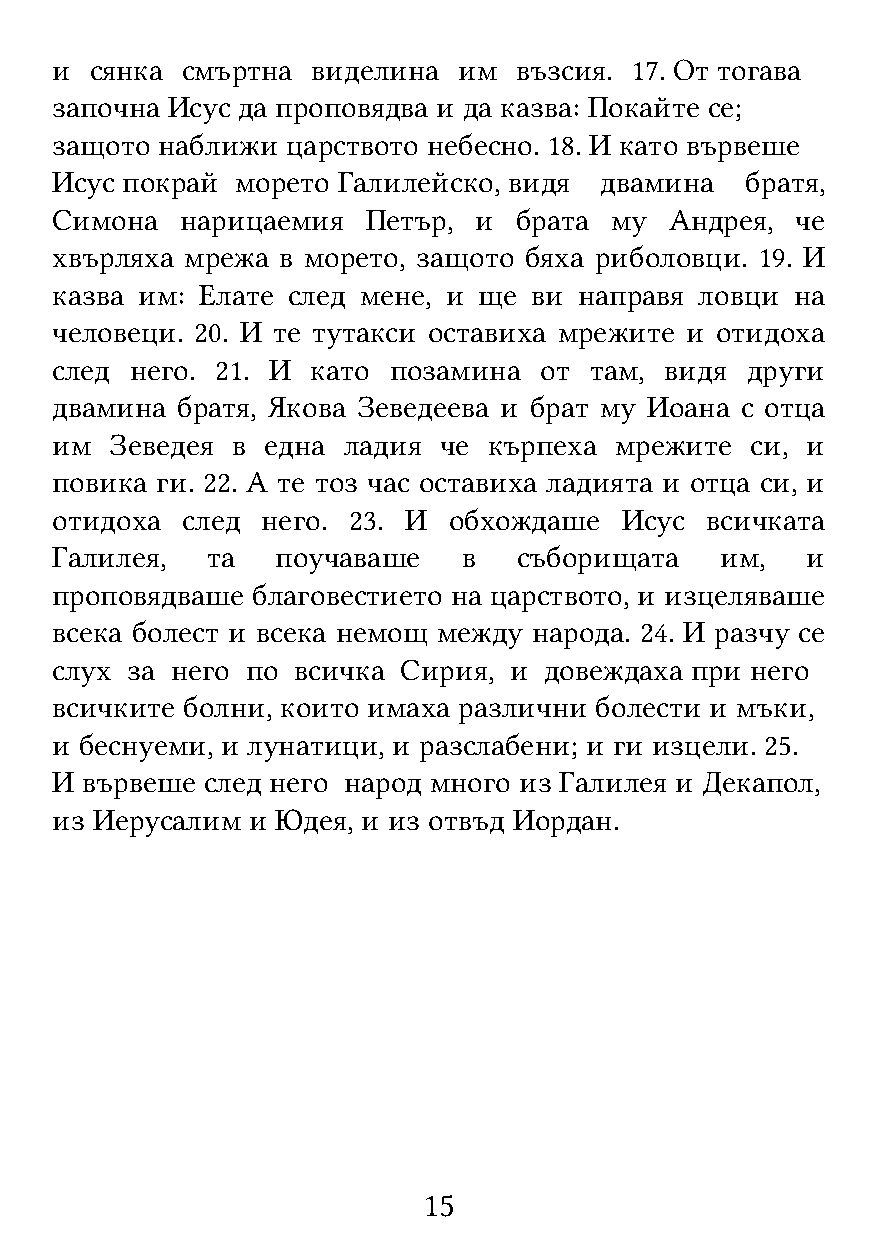
и  сянка смъртна  виделина им  възсия. 17. От тогава
 започна Исус да проповядва и да казва: Покайте се;
 защото наближи  царството небесно. 18. И като вървеше
 Исус покрай  морето Галилейско, видя двамина  братя,
 Симона   нарицаемия  Петър, и  брата му  Андрея,  че
 хвърляха мрежа в морето, защото бяха риболовци. 19. И
 казва им: Елате след мене, и ще ви направя ловци  на
 человеци. 20. И те тутакси оставиха мрежите и отидоха
 след  него. 21. И като позамина  от там, видя други
 двамина  братя, Якова Зеведеева и брат му Иоана с отца
 им  Зеведея в  една ладия че кърпеха  мрежите  си, и
 повика ги. 22. А те тоз час оставиха ладията и отца си, и
 отидоха  след него. 23. И  обхождаше  Исус  всичката
 Галилея,   та  поучаваше    в  съборищата    им,  и
 проповядваше  благовестието на царството, и изцеляваше
 всека болест и всека немощ между народа. 24. И разчу се
 слух за него по всичка Сирия,  и довеждаха при него
 всичките болни, които имаха различни болести и мъки,
 и беснуеми, и лунатици, и разслабени; и ги изцели. 25.
 И вървеше след него народ много из Галилея и Декапол,
 из Иерусалим и Юдея, и из отвъд Иордан.
 15